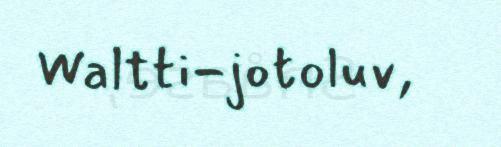
Waltti-jotoluv,